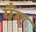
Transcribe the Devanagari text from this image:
यँग